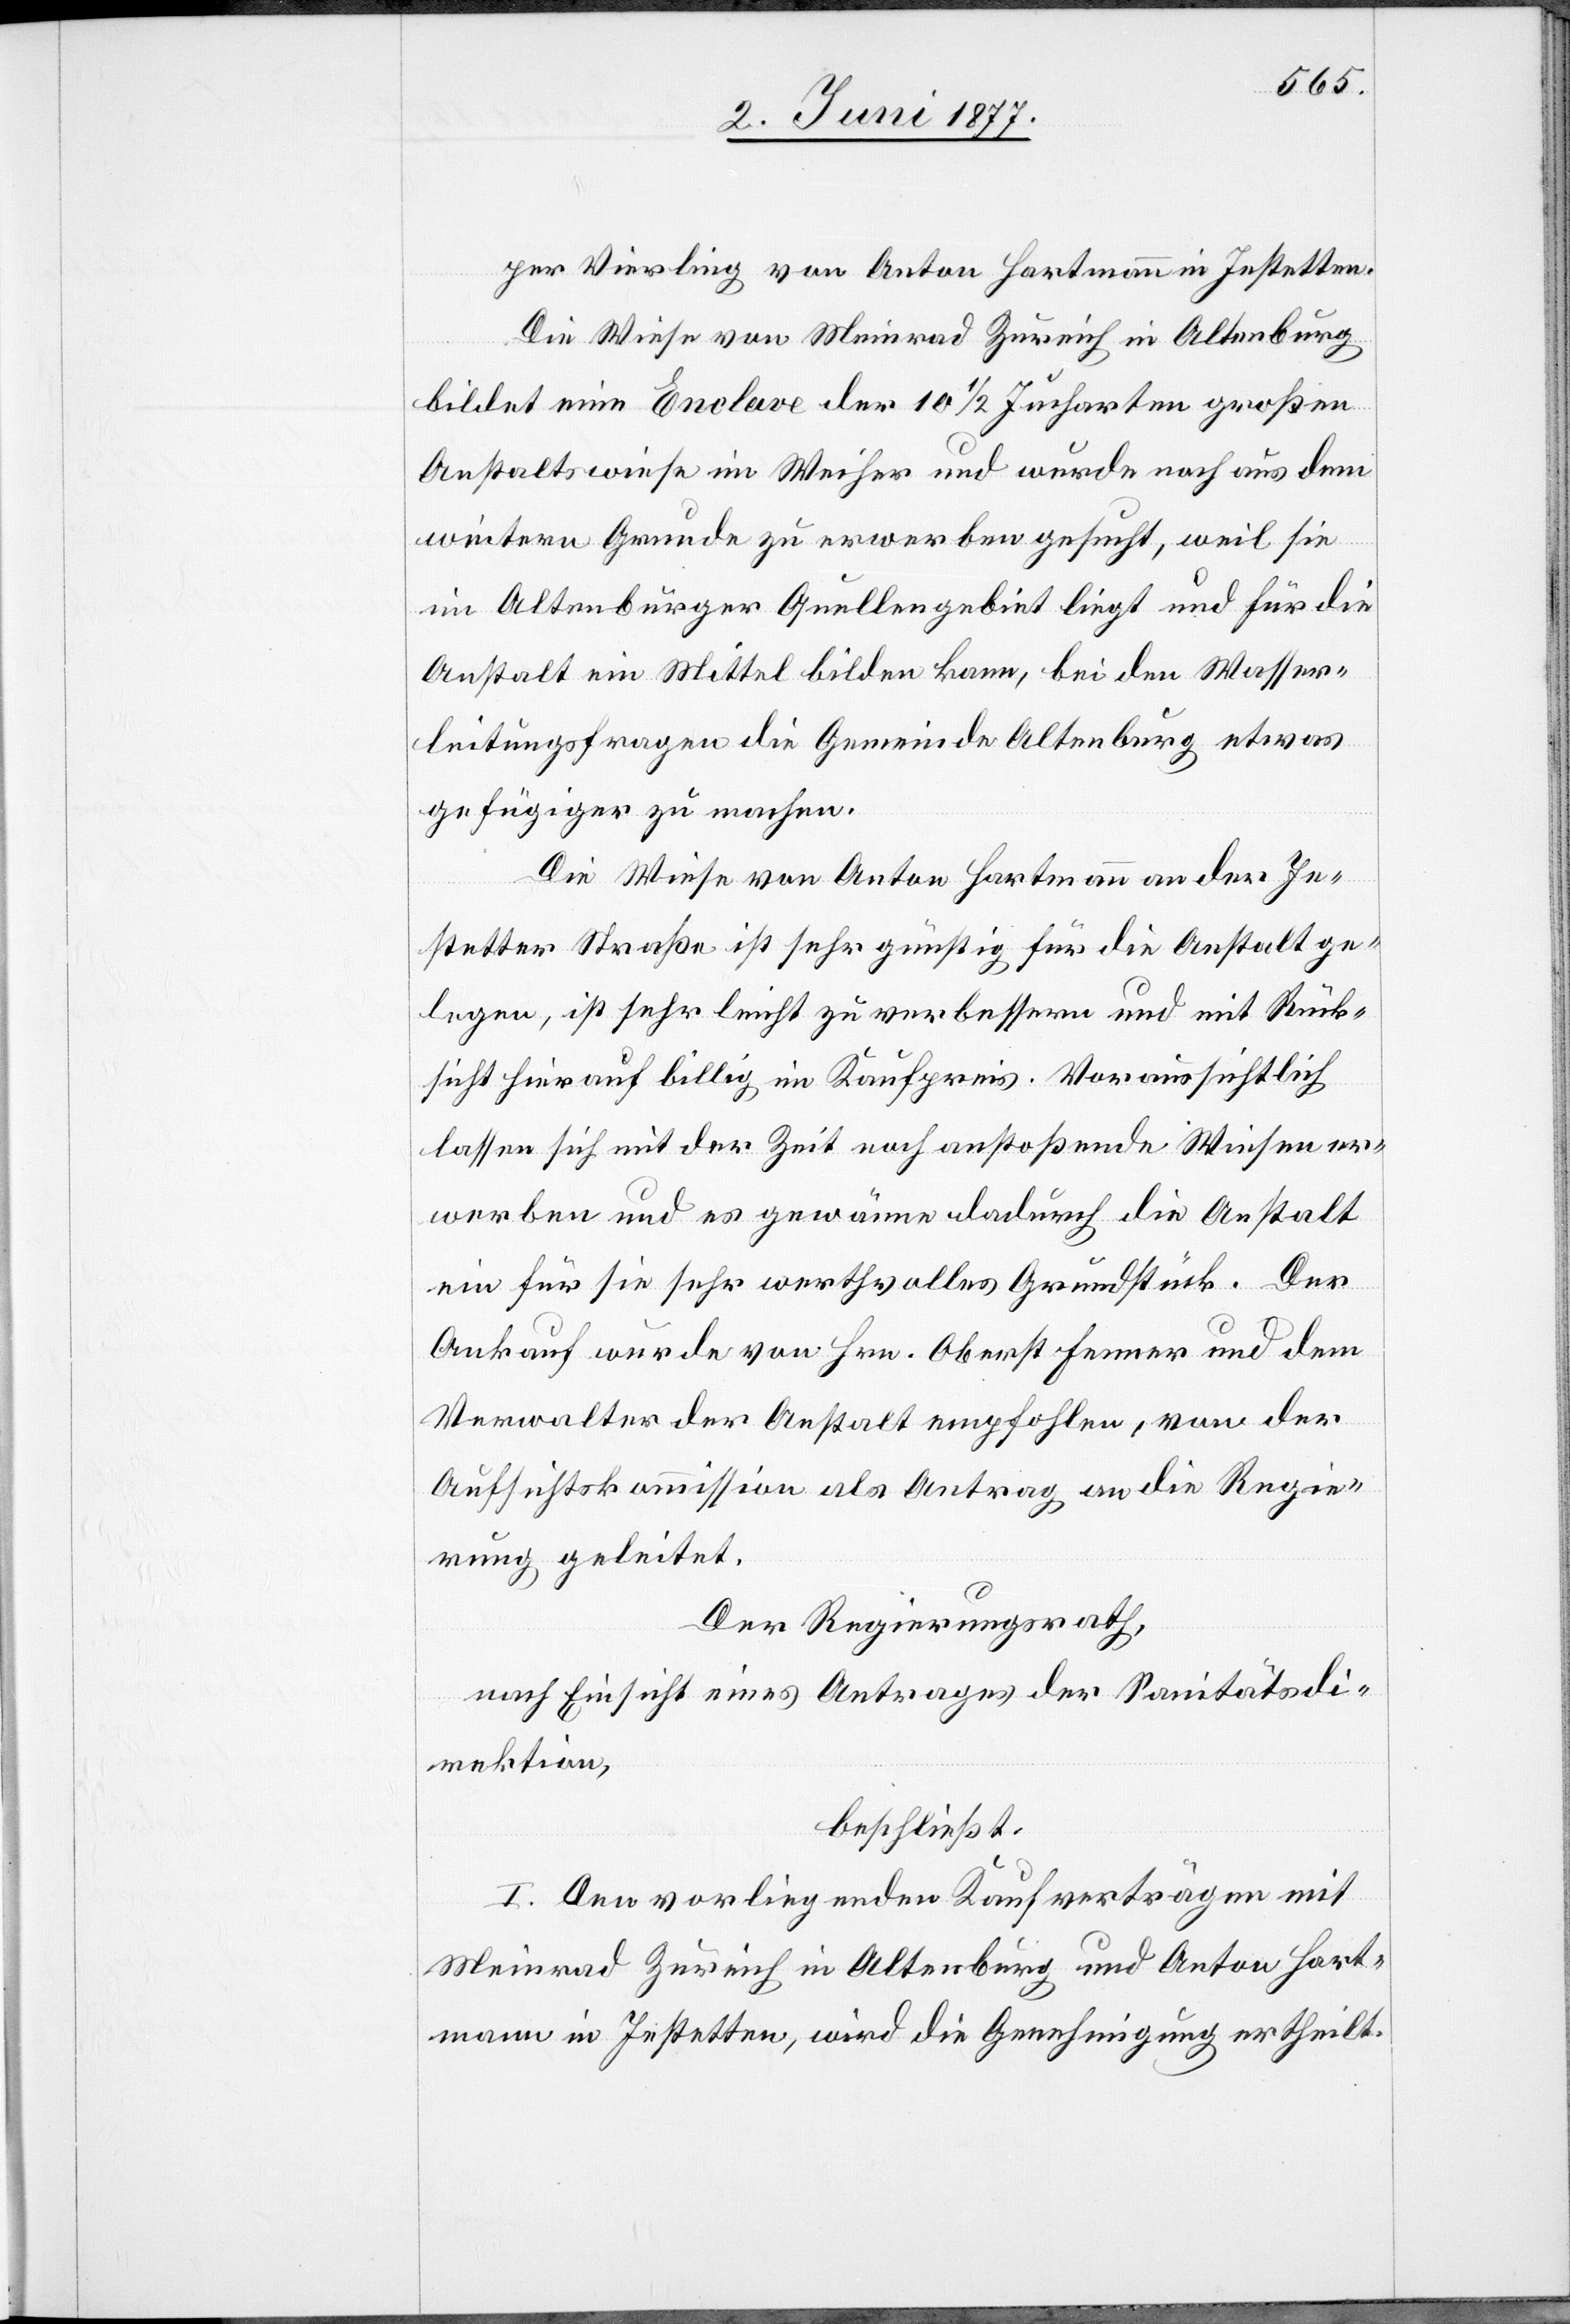
per Vierling von Anton Hartmann in Jestetten.
Die Wiese von Meinrad Zürich in Altenburg
bildet eine Enclave der 10 1/2 Jucharten großen
Anstaltswiese im Weiher und wurde noch aus dem
weitern Grunde zu erwerben gesucht, weil sie
im Altenburger Quellengebiet liegt und für die
Anstalt ein Mittel bilden kann, bei den Wasser¬
leitungsfragen die Gemeinde Altenburg etwas
gefügiger zu machen.
Die Wiese von Anton Hartmann an der Je¬
stetter Straße ist sehr günstig für die Anstalt ge¬
legen, ist sehr leicht zu verbessern und mit Rück¬
sicht hierauf billig im Kaufpreis. Voraussichtlich
lassen sich mit der Zeit noch anstoßende Wiesen er¬
werben und es gewänne dadurch die Anstalt
ein für sie sehr werthvolles Grundstück. Der
Ankauf wurde von Hrn. Oberst Fenner und dem
Verwalter der Anstalt empfohlen, von der
Aufsichtskommission als Antrag an die Regie¬
rung geleitet.
Der Regierungsrath,
nach Einsicht eines Antrages der Sanitätsdi¬
rektion,
beschließt:
I. Den vorliegenden Kaufverträgen mit
Meinrad Zürich in Altenburg und Anton Hart¬
mann in Jestetten, wird die Genehmigung ertheilt.